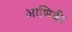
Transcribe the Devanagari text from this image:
आणिकी